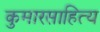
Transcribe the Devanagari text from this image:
कुमारसाहित्य